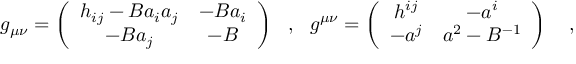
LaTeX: g _ { \mu \nu } = \left( \begin{array} { c c } { { h _ { i j } - B a _ { i } a _ { j } } } & { { - B a _ { i } } } \\ { { - B a _ { j } } } & { { - B } } \end{array} \right) ~ ~ , ~ ~ g ^ { \mu \nu } = \left( \begin{array} { c c } { { h ^ { i j } } } & { { - a ^ { i } } } \\ { { - a ^ { j } } } & { { a ^ { 2 } - B ^ { - 1 } } } \end{array} \right) ~ ~ ~ ,